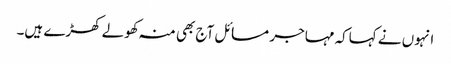
انہوں نے کہاکہ مہاجر مسائل آج بھی منہ کھولے کھڑے ہیں۔